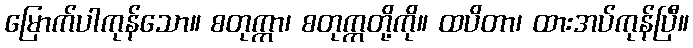
မြောက်ပါကုန်သော။ စတုက္ကာ၊ စတုက္ကတို့ကို။ ထပိတာ၊ ထားအပ်ကုန်ပြီ။